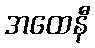
အထေနီ